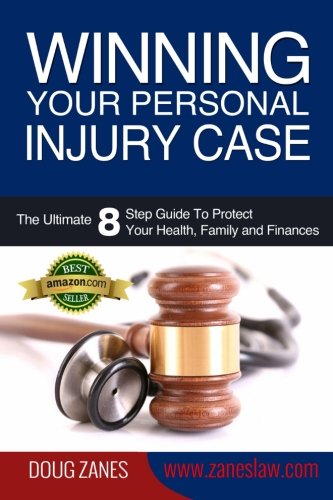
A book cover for Winning Your Personal Injury Case: The Ultimate 8 Step Guide To Protect Your Health, Family and Finances; Doug Zanes; Law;